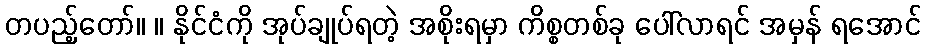
တပည့်တော်။ ။ နိုင်ငံကို အုပ်ချုပ်ရတဲ့ အစိုးရမှာ ကိစ္စတစ်ခု ပေါ်လာရင် အမှန် ရအောင်